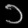
Digit: ၁